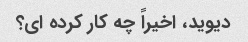
دیوید، اخیراً چه کار کرده ای؟